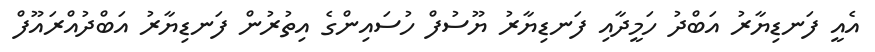
އެއީ ފަނޑިޔާރު އަބްދު ހަމީދާއި ފަނޑިޔާރު ޔޫސުފް ހުސައިންގެ އިތުރުން ފަނޑިޔާރު އަބްދުއްރައޫފް